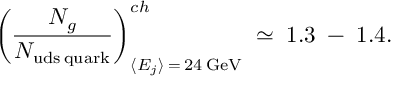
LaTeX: \left( \frac { N _ { g } } { N _ { \mathrm { u d s \: q u a r k } } } \right) _ { \langle E _ { j } \rangle \: = \: 2 4 \: \mathrm { G e V } } ^ { c h } \; \simeq \; 1 . 3 \; - \; 1 . 4 .